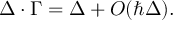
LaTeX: \Delta \cdot \Gamma = \Delta + O ( \hbar \Delta ) .